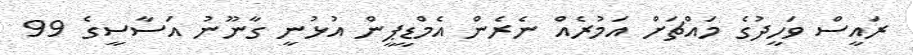
ރައީސް ވަހީދުގެ މައްޗަށް އަމުރެއް ނެރެން އެމްޑީޕީން އުޅުނީ ގާނޫނު އަސާސީގެ 99